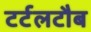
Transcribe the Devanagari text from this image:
टर्टलटौब